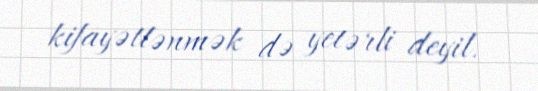
kifayətlənmək də yetərli deyil.